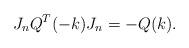
LaTeX: \begin{align*} J_n Q^T(-k) J_n = - Q(k). \end{align*}